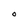
Character: O